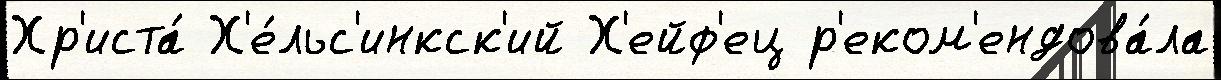
Хр'иста́ Х'е́льс'инкск'ий Х'ейф'ец р'еком'ендова́ла